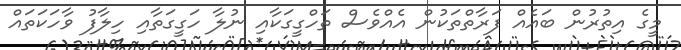
މީގެ އިތުރުން ބައެއް ފަރާތްތަކުން އެއްވެސް ތަހްގީގަކާއި ނުލާ ހަގީގަތާއި ހިލާފު ވާހަކަތައް